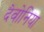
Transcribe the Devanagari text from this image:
देवोनिया